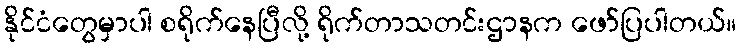
နိုင်ငံတွေမှာပါ စရိုက်နေပြီလို့ ရိုက်တာသတင်းဌာနက ဖော်ပြပါတယ်။